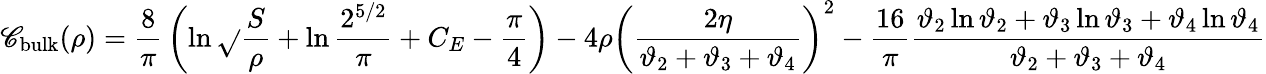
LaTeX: \mathscr{C}_{\mathrm{{bulk}}}(\rho)={\frac{{8}}{{\pi}}}\left(\ln\sqrt{}{{\frac{{S}}{{\rho}}}}+\ln{\frac{{2^{5/2}}}{{\pi}}}+C_{E}-{\frac{{\pi}}{{4}}}\right)-4\rho\left({\frac{{2\eta}}{{\vartheta_{2}+\vartheta_{3}+\vartheta_{4}}}}\right)^{2}-{\frac{{16}}{{\pi}}}{\frac{{\vartheta_{2}\ln\vartheta_{2}+\vartheta_{3}\ln\vartheta_{3}+\vartheta_{4}\ln\vartheta_{4}}}{{\vartheta_{2}+\vartheta_{3}+\vartheta_{4}}}}